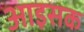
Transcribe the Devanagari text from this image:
आइसक